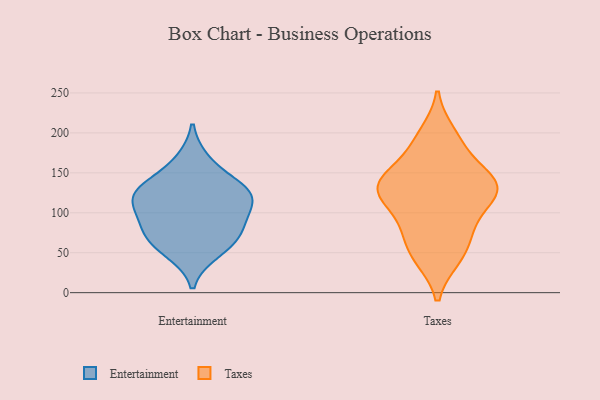
{"axis": {"x": "Active Users", "y": "Value"}, "legend": ["Entertainment", "Taxes"], "data": [{"x": "", "y": 51, "type": "Entertainment"}, {"x": "", "y": 71, "type": "Entertainment"}, {"x": "", "y": 127, "type": "Entertainment"}, {"x": "", "y": 118, "type": "Entertainment"}, {"x": "", "y": 95, "type": "Entertainment"}, {"x": "", "y": 109, "type": "Entertainment"}, {"x": "", "y": 165, "type": "Entertainment"}, {"x": "", "y": 63, "type": "Entertainment"}, {"x": "", "y": 131, "type": "Entertainment"}, {"x": "", "y": 129, "type": "Entertainment"}, {"x": "", "y": 82, "type": "Entertainment"}, {"x": "", "y": 130, "type": "Taxes"}, {"x": "", "y": 149, "type": "Taxes"}, {"x": "", "y": 44, "type": "Taxes"}, {"x": "", "y": 136, "type": "Taxes"}, {"x": "", "y": 116, "type": "Taxes"}, {"x": "", "y": 82, "type": "Taxes"}, {"x": "", "y": 186, "type": "Taxes"}, {"x": "", "y": 131, "type": "Taxes"}, {"x": "", "y": 49, "type": "Taxes"}, {"x": "", "y": 198, "type": "Taxes"}, {"x": "", "y": 75, "type": "Taxes"}, {"x": "", "y": 44, "type": "Taxes"}, {"x": "", "y": 130, "type": "Taxes"}, {"x": "", "y": 128, "type": "Taxes"}, {"x": "", "y": 190, "type": "Taxes"}, {"x": "", "y": 77, "type": "Taxes"}, {"x": "", "y": 153, "type": "Taxes"}, {"x": "", "y": 136, "type": "Taxes"}, {"x": "", "y": 130, "type": "Taxes"}, {"x": "", "y": 103, "type": "Taxes"}]}